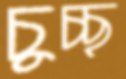
চুচ্ছ